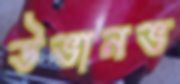
উভানভ